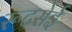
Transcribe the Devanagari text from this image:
रूटसेई